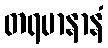
တရမာနာနံ